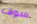
سوف